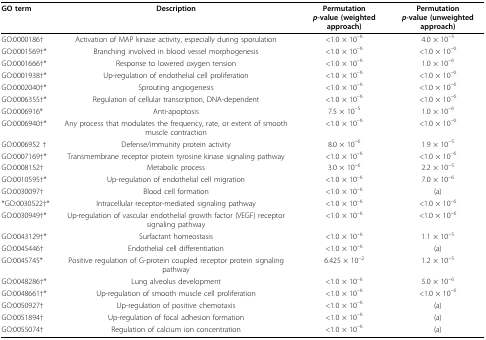
<table><thead><tr><td><b>GO term</b></td><td><b>Description</b></td><td><b>Permutation<i>p</i>-value (weighted approach)</b></td><td><b>Permutation<i>p</i>-value (unweighted approach)</b></td></tr></thead><tbody><tr><td>GO:0000186†</td><td>Activation of MAP kinase activity, especially during sporulation</td><td>&lt;1.0 × 10<sup>–6</sup></td><td>4.0 × 10<sup>–5</sup></td></tr><tr><td>GO:0001569†*</td><td>Branching involved in blood vessel morphogenesis</td><td>&lt;1.0 × 10<sup>–6</sup></td><td>&lt;1.0 × 10<sup>–6</sup></td></tr><tr><td>GO:0001666†*</td><td>Response to lowered oxygen tension</td><td>&lt;1.0 × 10<sup>–6</sup></td><td>1.0 × 10<sup>–6</sup></td></tr><tr><td>GO:0001938†*</td><td>Up-regulation of endothelial cell proliferation</td><td>&lt;1.0 × 10<sup>–6</sup></td><td>&lt;1.0 × 10<sup>–6</sup></td></tr><tr><td>GO:0002040†*</td><td>Sprouting angiogenesis</td><td>&lt;1.0 × 10<sup>–6</sup></td><td>&lt;1.0 × 10<sup>–6</sup></td></tr><tr><td>GO:0006355†*</td><td>Regulation of cellular transcription, DNA-dependent</td><td>&lt;1.0 × 10<sup>–6</sup></td><td>&lt;1.0 × 10<sup>–6</sup></td></tr><tr><td>GO:0006916*</td><td>Anti-apoptosis</td><td>7.5 × 10<sup>–5</sup></td><td>1.0 × 10<sup>–6</sup></td></tr><tr><td>GO:0006940†*</td><td>Any process that modulates the frequency, rate, or extent of smooth muscle contraction</td><td>&lt;1.0 × 10<sup>–6</sup></td><td>&lt;1.0 × 10<sup>–6</sup></td></tr><tr><td>GO:0006952 †</td><td>Defense/immunity protein activity</td><td>8.0 × 10<sup>–6</sup></td><td>1.9 × 10<sup>–5</sup></td></tr><tr><td>GO:0007169†*</td><td>Transmembrane receptor protein tyrosine kinase signaling pathway</td><td>&lt;1.0 × 10<sup>–6</sup></td><td>&lt;1.0 × 10<sup>–6</sup></td></tr><tr><td>GO:0008152†</td><td>Metabolic process</td><td>3.0 × 10<sup>–6</sup></td><td>2.2 × 10<sup>–5</sup></td></tr><tr><td>GO:0010595†*</td><td>Up-regulation of endothelial cell migration</td><td>&lt;1.0 × 10<sup>–6</sup></td><td>7.0 × 10<sup>–6</sup></td></tr><tr><td>GO:0030097†</td><td>Blood cell formation</td><td>&lt;1.0 × 10<sup>–6</sup></td><td>(a)</td></tr><tr><td>*GO:0030522†*</td><td>Intracellular receptor-mediated signaling pathway</td><td>&lt;1.0 × 10<sup>–6</sup></td><td>&lt;1.0 × 10<sup>–6</sup></td></tr><tr><td>GO:0030949†*</td><td>Up-regulation of vascular endothelial growth factor (VEGF) receptor signaling pathway</td><td>&lt;1.0 × 10<sup>–6</sup></td><td>&lt;1.0 × 10<sup>–6</sup></td></tr><tr><td>GO:0043129†*</td><td>Surfactant homeostasis</td><td>&lt;1.0 × 10<sup>–6</sup></td><td>1.1 × 10<sup>–5</sup></td></tr><tr><td>GO:0045446†</td><td>Endothelial cell differentiation</td><td>&lt;1.0 × 10<sup>–6</sup></td><td>(a)</td></tr><tr><td>GO:0045745*</td><td>Positive regulation of G-protein coupled receptor protein signaling pathway</td><td>6.425 × 10<sup>–2</sup></td><td>1.2 × 10<sup>–5</sup></td></tr><tr><td>GO:0048286†*</td><td>Lung alveolus development</td><td>&lt;1.0 × 10<sup>–6</sup></td><td>5.0 × 10<sup>–6</sup></td></tr><tr><td>GO:0048661†*</td><td>Up-regulation of smooth muscle cell proliferation</td><td>&lt;1.0 × 10<sup>–6</sup></td><td>&lt;1.0 × 10<sup>–6</sup></td></tr><tr><td>GO:0050927†</td><td>Up-regulation of positive chemotaxis</td><td>&lt;1.0 × 10<sup>–6</sup></td><td>(a)</td></tr><tr><td>GO:0051894†</td><td>Up-regulation of focal adhesion formation</td><td>&lt;1.0 × 10<sup>–6</sup></td><td>(a)</td></tr><tr><td>GO:0055074†</td><td>Regulation of calcium ion concentration</td><td>&lt;1.0 × 10<sup>–6</sup></td><td>(a)</td></tr></tbody></table>